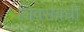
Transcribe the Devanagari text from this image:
शिवसंबंधी